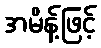
အမိန့်ဖြင့်